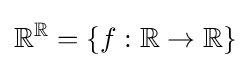
\mathbb {R} ^{\mathbb {R} }=\{f:\mathbb {R} \to \mathbb {R} \}